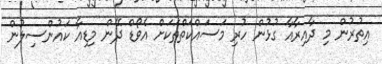
އިތުރުން މި ދާއިރާއާ ގުޅުން ހުރި މަސައްކަތްތަކަށް އެވޯޑް ދޭން މިޑިއާ ކައުންސިލުން